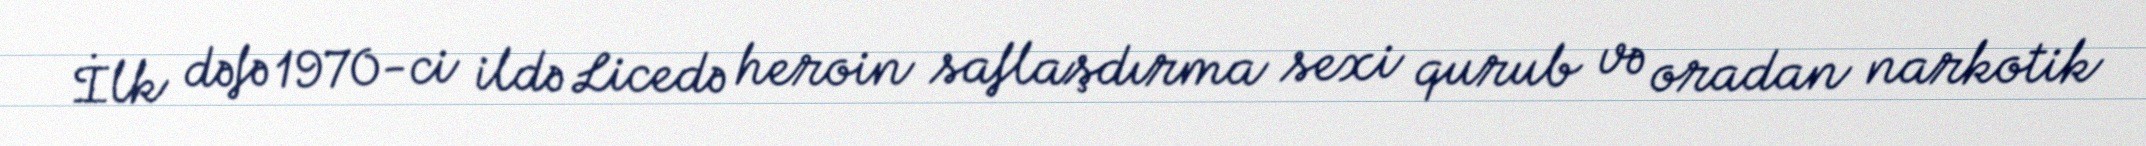
İlk dəfə 1970-ci ildə Licedə heroin saflaşdırma sexi qurub və oradan narkotik